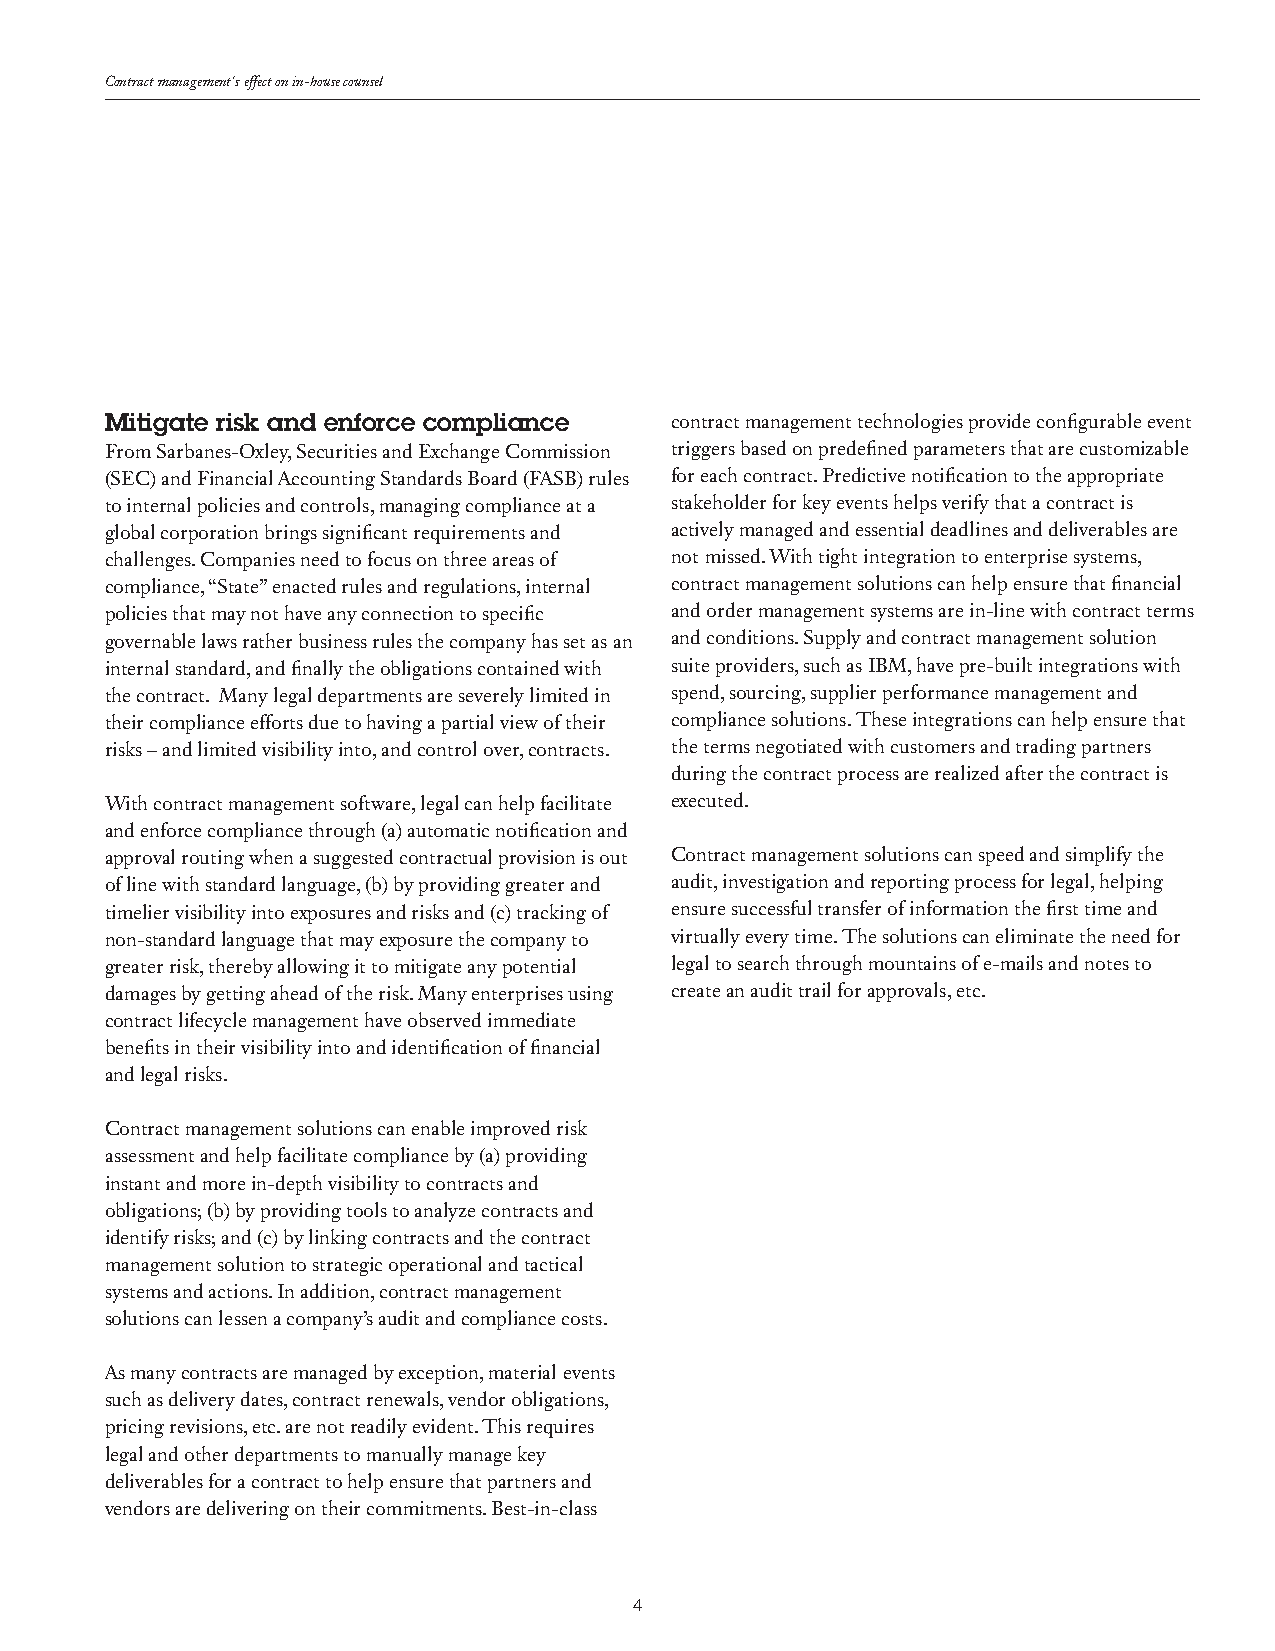
Contract management's effect on in-house counsel
 Mitigate risk and enforce compliance contract management technologies provide configurable event
 From Sarbanes-Oxley, Securities and Exchange Commission triggers based on predefined parameters that are customizable
 (SEC) and Financial Accounting Standards Board (FASB) rules for each contract. Predictive notification to the appropriate
 to internal policies and controls, managing compliance at a stakeholder for key events helps verify that a contract is
 global corporation brings significant requirements and actively managed and essential deadlines and deliverables are
 challenges. Companies need to focus on three areas of not missed. With tight integration to enterprise systems,
 compliance, “State” enacted rules and regulations, internal contract management solutions can help ensure that financial
 policies that may not have any connection to specific and order management systems are in-line with contract terms
 governable laws rather business rules the company has set as an and conditions. Supply and contract management solution
 internal standard, and finally the obligations contained with suite providers, such as IBM, have pre-built integrations with
 the contract. Many legal departments are severely limited in spend, sourcing, supplier performance management and
 their compliance efforts due to having a partial view of their compliance solutions. These integrations can help ensure that
 risks – and limited visibility into, and control over, contracts. the terms negotiated with customers and trading partners
 during the contract process are realized after the contract is
 With contract management software, legal can help facilitate executed.
 and enforce compliance through (a) automatic notification and
 approval routing when a suggested contractual provision is out Contract management solutions can speed and simplify the
 of line with standard language, (b) by providing greater and audit, investigation and reporting process for legal, helping
 timelier visibility into exposures and risks and (c) tracking of ensure successful transfer of information the first time and
 non-standard language that may exposure the company to virtually every time. The solutions can eliminate the need for
 greater risk, thereby allowing it to mitigate any potential legal to search through mountains of e-mails and notes to
 damages by getting ahead of the risk. Many enterprises using create an audit trail for approvals, etc.
 contract lifecycle management have observed immediate
 benefits in their visibility into and identification of financial
 and legal risks.
 Contract management solutions can enable improved risk
 assessment and help facilitate compliance by (a) providing
 instant and more in-depth visibility to contracts and
 obligations; (b) by providing tools to analyze contracts and
 identify risks; and (c) by linking contracts and the contract
 management solution to strategic operational and tactical
 systems and actions. In addition, contract management
 solutions can lessen a company’s audit and compliance costs.
 As many contracts are managed by exception, material events
 such as delivery dates, contract renewals, vendor obligations,
 pricing revisions, etc. are not readily evident. This requires
 legal and other departments to manually manage key
 deliverables for a contract to help ensure that partners and
 vendors are delivering on their commitments. Best-in-class
 4